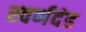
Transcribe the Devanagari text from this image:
स्वर्णदंड